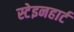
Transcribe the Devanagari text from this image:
स्टेइनहार्ट